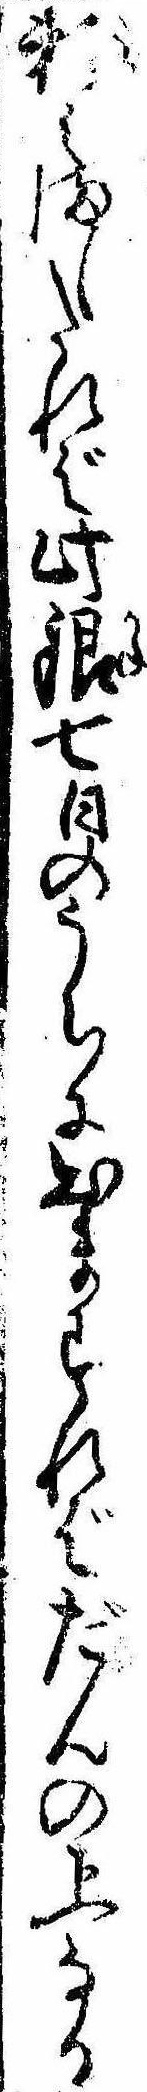
頼みましたれば此銀七日のうちに出ますればだんの上なる